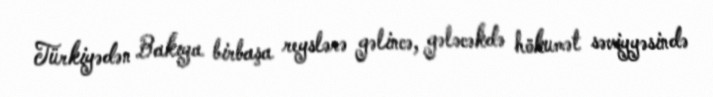
Türkiyədən Bakıya birbaşa reyslərə gəlincə, gələcəkdə hökumət səviyyəsində